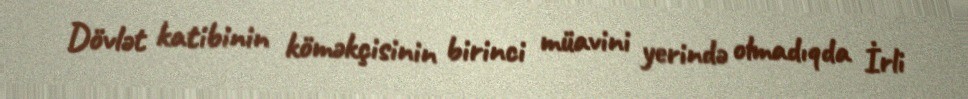
Dövlət katibinin köməkçisinin birinci müavini yerində olmadıqda İrli